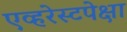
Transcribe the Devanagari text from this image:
एव्हरेस्टपेक्षा